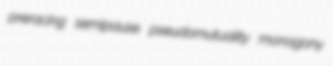
preracing semipause pseudomutuality monogony